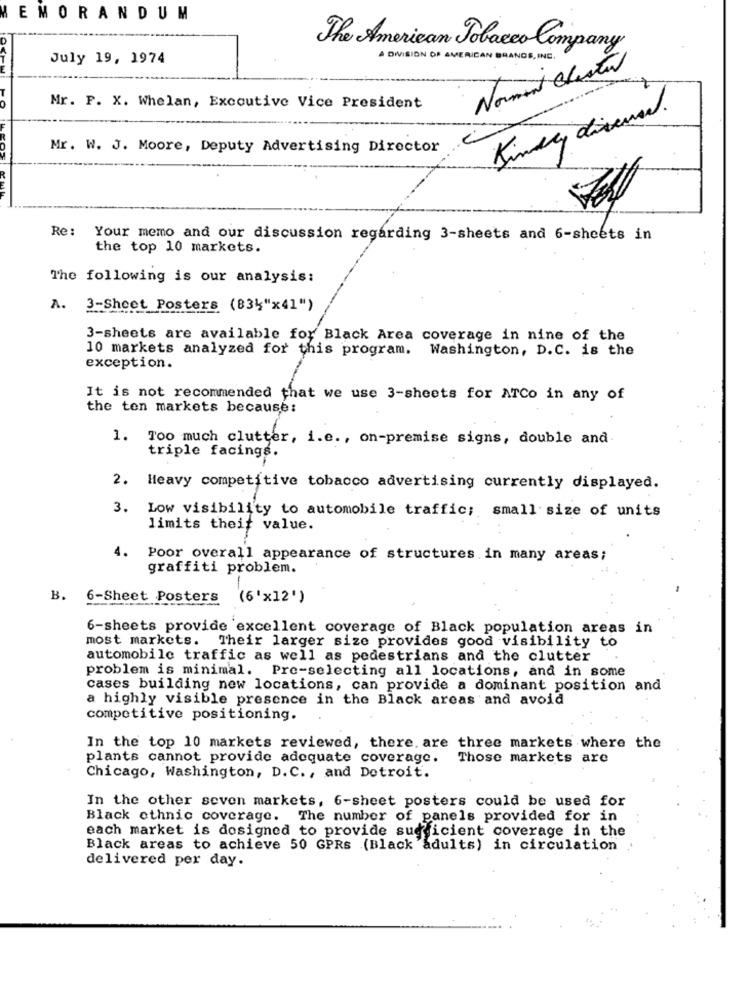
EMORANDUM
The American Tobacco Company
July 19, 1974
A DIVISION OF AMERICAN BRANDS, INE.
Norment Cluster
Mr. F. X. Whelan, Executive Vice President
Kindly direneed.
Mr. W. J. Moore, Deputy Advertising Director
LEOS
Re :
Your memo and our discussion regarding 3-sheets and 6-sheets in
the top 10 markets.
The following is our analysis:
A. 3-Sheet Posters (834"x41")
3-sheets are available for Black Area coverage in nine of the
10 markets analyzed for this program. Washington, D.C. is the
exception.
It is not recommended that we use 3-sheets for ATCo in any of
the ten markets because:
1. T00 much clutter, i.e ., on-premise signs, double and
triple facings.
2.
Heavy competitive tobacco advertising currently displayed.
3. Low visibility to automobile traffic; small size of units
limits theif value.
4.
Poor overall appearance of structures in many areas;
graffiti problem.
B. 6-Sheet Posters
(6'x12' )
6-sheets provide excellent coverage of Black population areas in
most markets. Their larger size provides good visibility to
automobile traffic as well as pedestrians and the clutter
problem is minimal. Pre-selecting all locations, and in some
cases building new locations, can provide a dominant position and
a highly visible presence in the Black areas and avoid
competitive positioning.
In the top 10 markets reviewed, there. are three markets where the
plants cannot provide adequate coverage.
Those markets are
Chicago, Washington, D.C ., and Detroit.
In the other seven markets, 6-sheet posters could be used for
Black ethnic coverage. The number of panels provided for in
each market is designed to provide sudficient coverage in the
Black areas to achieve 50 GPRS (Black adults) in circulation
delivered per day.